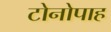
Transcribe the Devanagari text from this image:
टोनोपाह